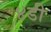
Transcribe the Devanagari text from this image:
४डी